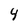
Character: 4